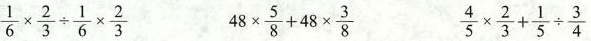
$$\frac { 1 } { 6 } \times \frac { 2 } { 3 } \div \frac { 1 } { 6 } \times \frac { 2 } { 3 }$$ $$4 8 \times \frac { 5 } { 8 } + 4 8 \times \frac { 3 } { 8 }$$ $$\frac { 4 } { 5 } \times \frac { 2 } { 3 } + \frac { 1 } { 5 } \div \frac { 3 } { 4 }$$